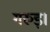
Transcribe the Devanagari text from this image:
गरुड़।